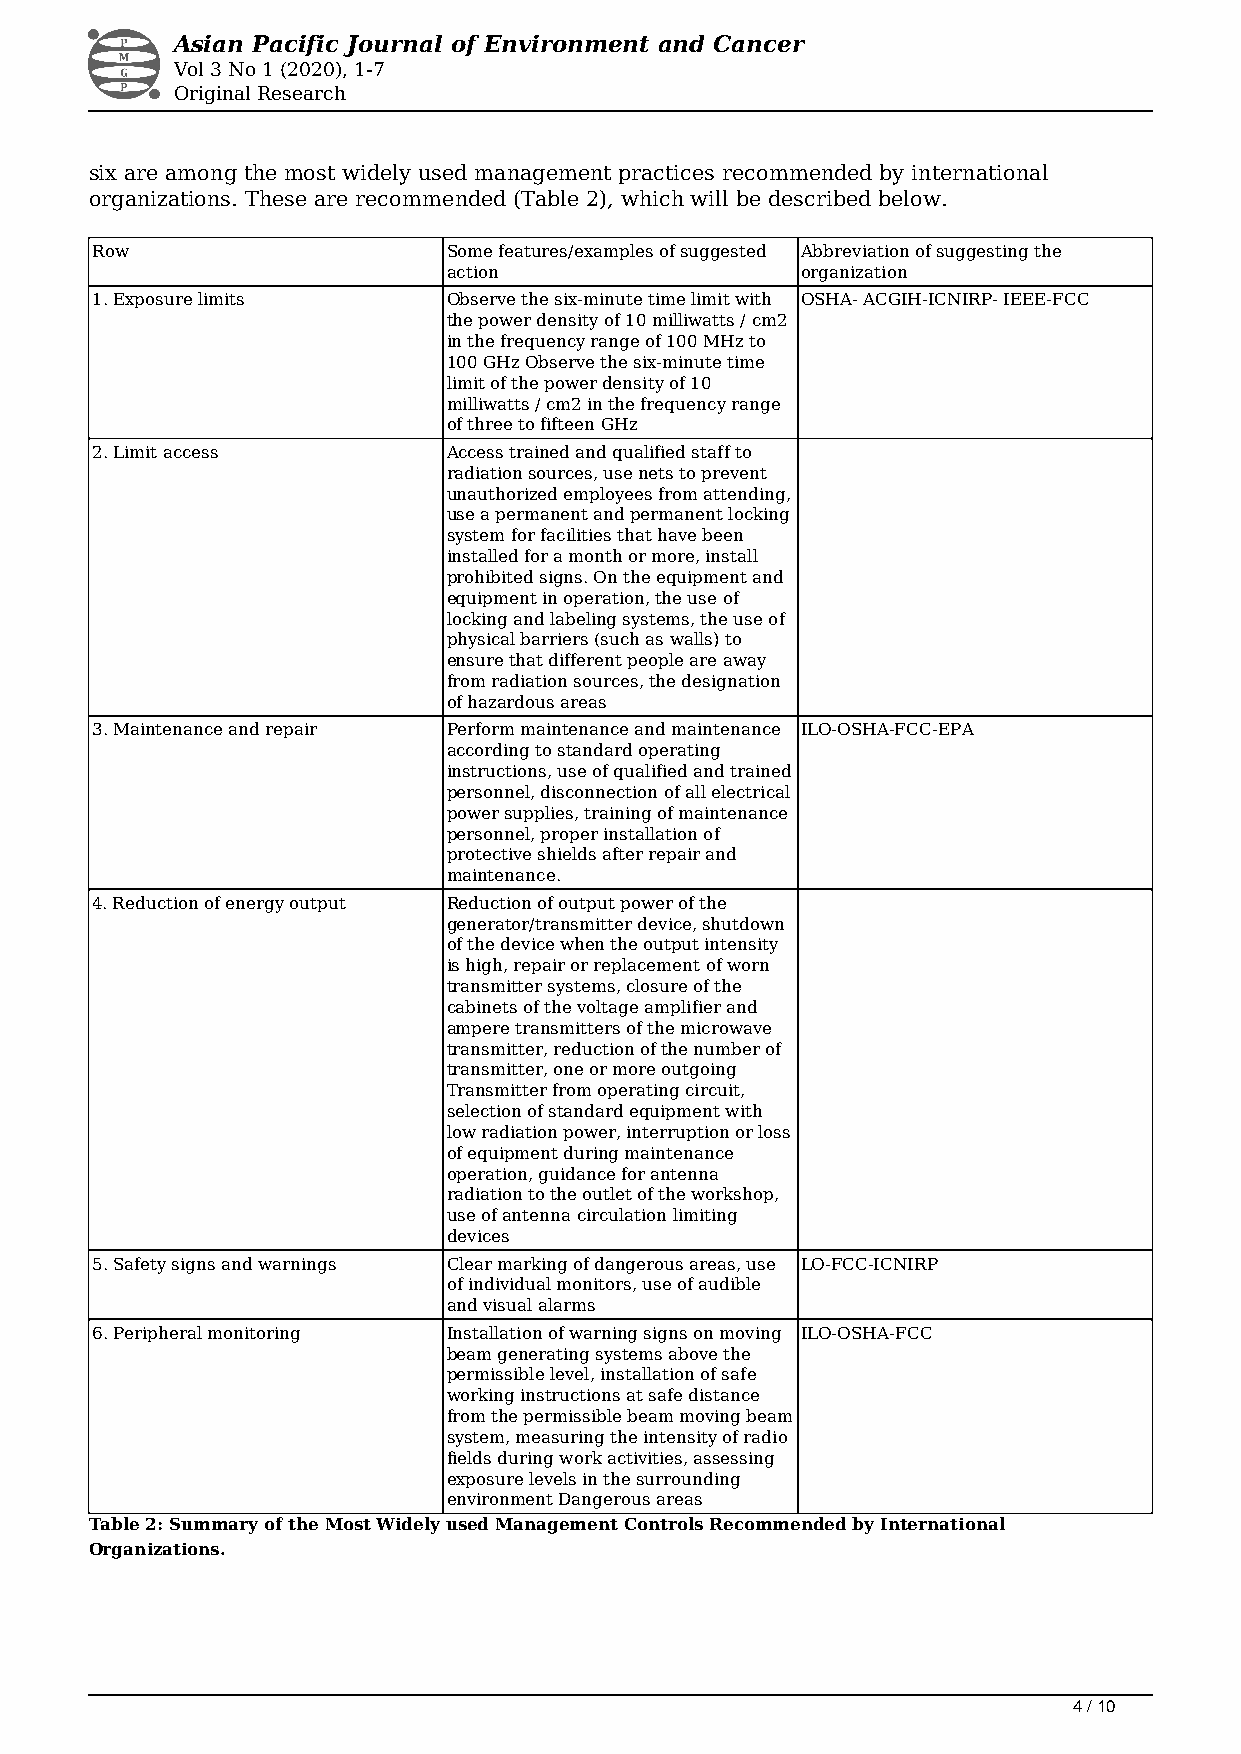
Asian Pacific Journal of Environment and Cancer
 Vol 3 No 1 (2020), 1-7
 Original Research
 six are among the most widely used management practices recommended by international
 organizations. These are recommended (Table 2), which will be described below.
 Row                     Some features/examples of suggested Abbreviation of suggesting the
 action                 organization
 1. Exposure limits      Observe the six-minute time limit with OSHA- ACGIH-ICNIRP- IEEE-FCC
 the power density of 10 milliwatts / cm2
 in the frequency range of 100 MHz to
 100 GHz Observe the six-minute time
 limit of the power density of 10
 milliwatts / cm2 in the frequency range
 of three to fifteen GHz
 2. Limit access         Access trained and qualified staff to
 radiation sources, use nets to prevent
 unauthorized employees from attending,
 use a permanent and permanent locking
 system for facilities that have been
 installed for a month or more, install
 prohibited signs. On the equipment and
 equipment in operation, the use of
 locking and labeling systems, the use of
 physical barriers (such as walls) to
 ensure that different people are away
 from radiation sources, the designation
 of hazardous areas
 3. Maintenance and repair Perform maintenance and maintenance ILO-OSHA-FCC-EPA
 according to standard operating
 instructions, use of qualified and trained
 personnel, disconnection of all electrical
 power supplies, training of maintenance
 personnel, proper installation of
 protective shields after repair and
 maintenance.
 4. Reduction of energy output Reduction of output power of the
 generator/transmitter device, shutdown
 of the device when the output intensity
 is high, repair or replacement of worn
 transmitter systems, closure of the
 cabinets of the voltage amplifier and
 ampere transmitters of the microwave
 transmitter, reduction of the number of
 transmitter, one or more outgoing
 Transmitter from operating circuit,
 selection of standard equipment with
 low radiation power, interruption or loss
 of equipment during maintenance
 operation, guidance for antenna
 radiation to the outlet of the workshop,
 use of antenna circulation limiting
 devices
 5. Safety signs and warnings Clear marking of dangerous areas, use LO-FCC-ICNIRP
 of individual monitors, use of audible
 and visual alarms
 6. Peripheral monitoring Installation of warning signs on moving ILO-OSHA-FCC
 beam generating systems above the
 permissible level, installation of safe
 working instructions at safe distance
 from the permissible beam moving beam
 system, measuring the intensity of radio
 fields during work activities, assessing
 exposure levels in the surrounding
 environment Dangerous areas
 Table 2: Summary of the Most Widely used Management Controls Recommended by International
 Organizations.
 4 / 10